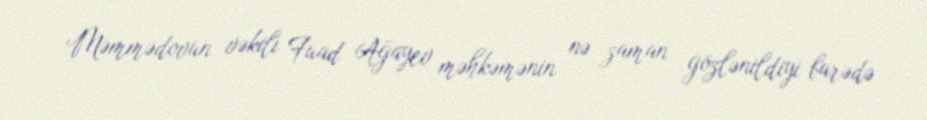
Məmmədovun vəkili Fuad Ağayev məhkəmənin nə zaman gözlənildiyi barədə